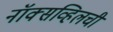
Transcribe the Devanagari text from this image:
नॉक्सव्हिलची